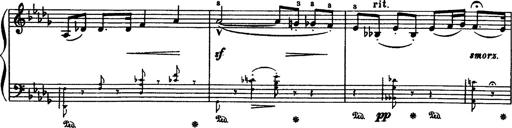
Title: Paraphrase de concert sur Rigoletto
Composer: Franz Liszt